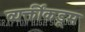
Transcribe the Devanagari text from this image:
व्यक्तींकडूम